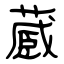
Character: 蔵